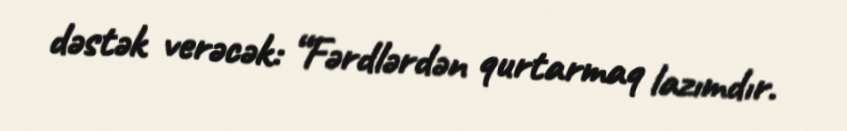
dəstək verəcək: “Fərdlərdən qurtarmaq lazımdır.